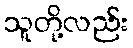
သူတို့လည်း